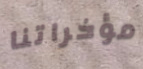
مؤخراتنا